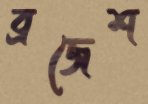
ব্রজেশ